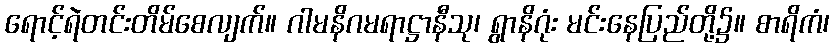
ရောင့်ရဲတင်းတိမ်စေလျက်။ ဂါမနိဂမရာဋ္ဌာနီသု၊ ရွာနိဂုံး မင်းနေပြည်တို့၌။ စာရိကံ၊